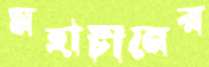
মহাচীনের